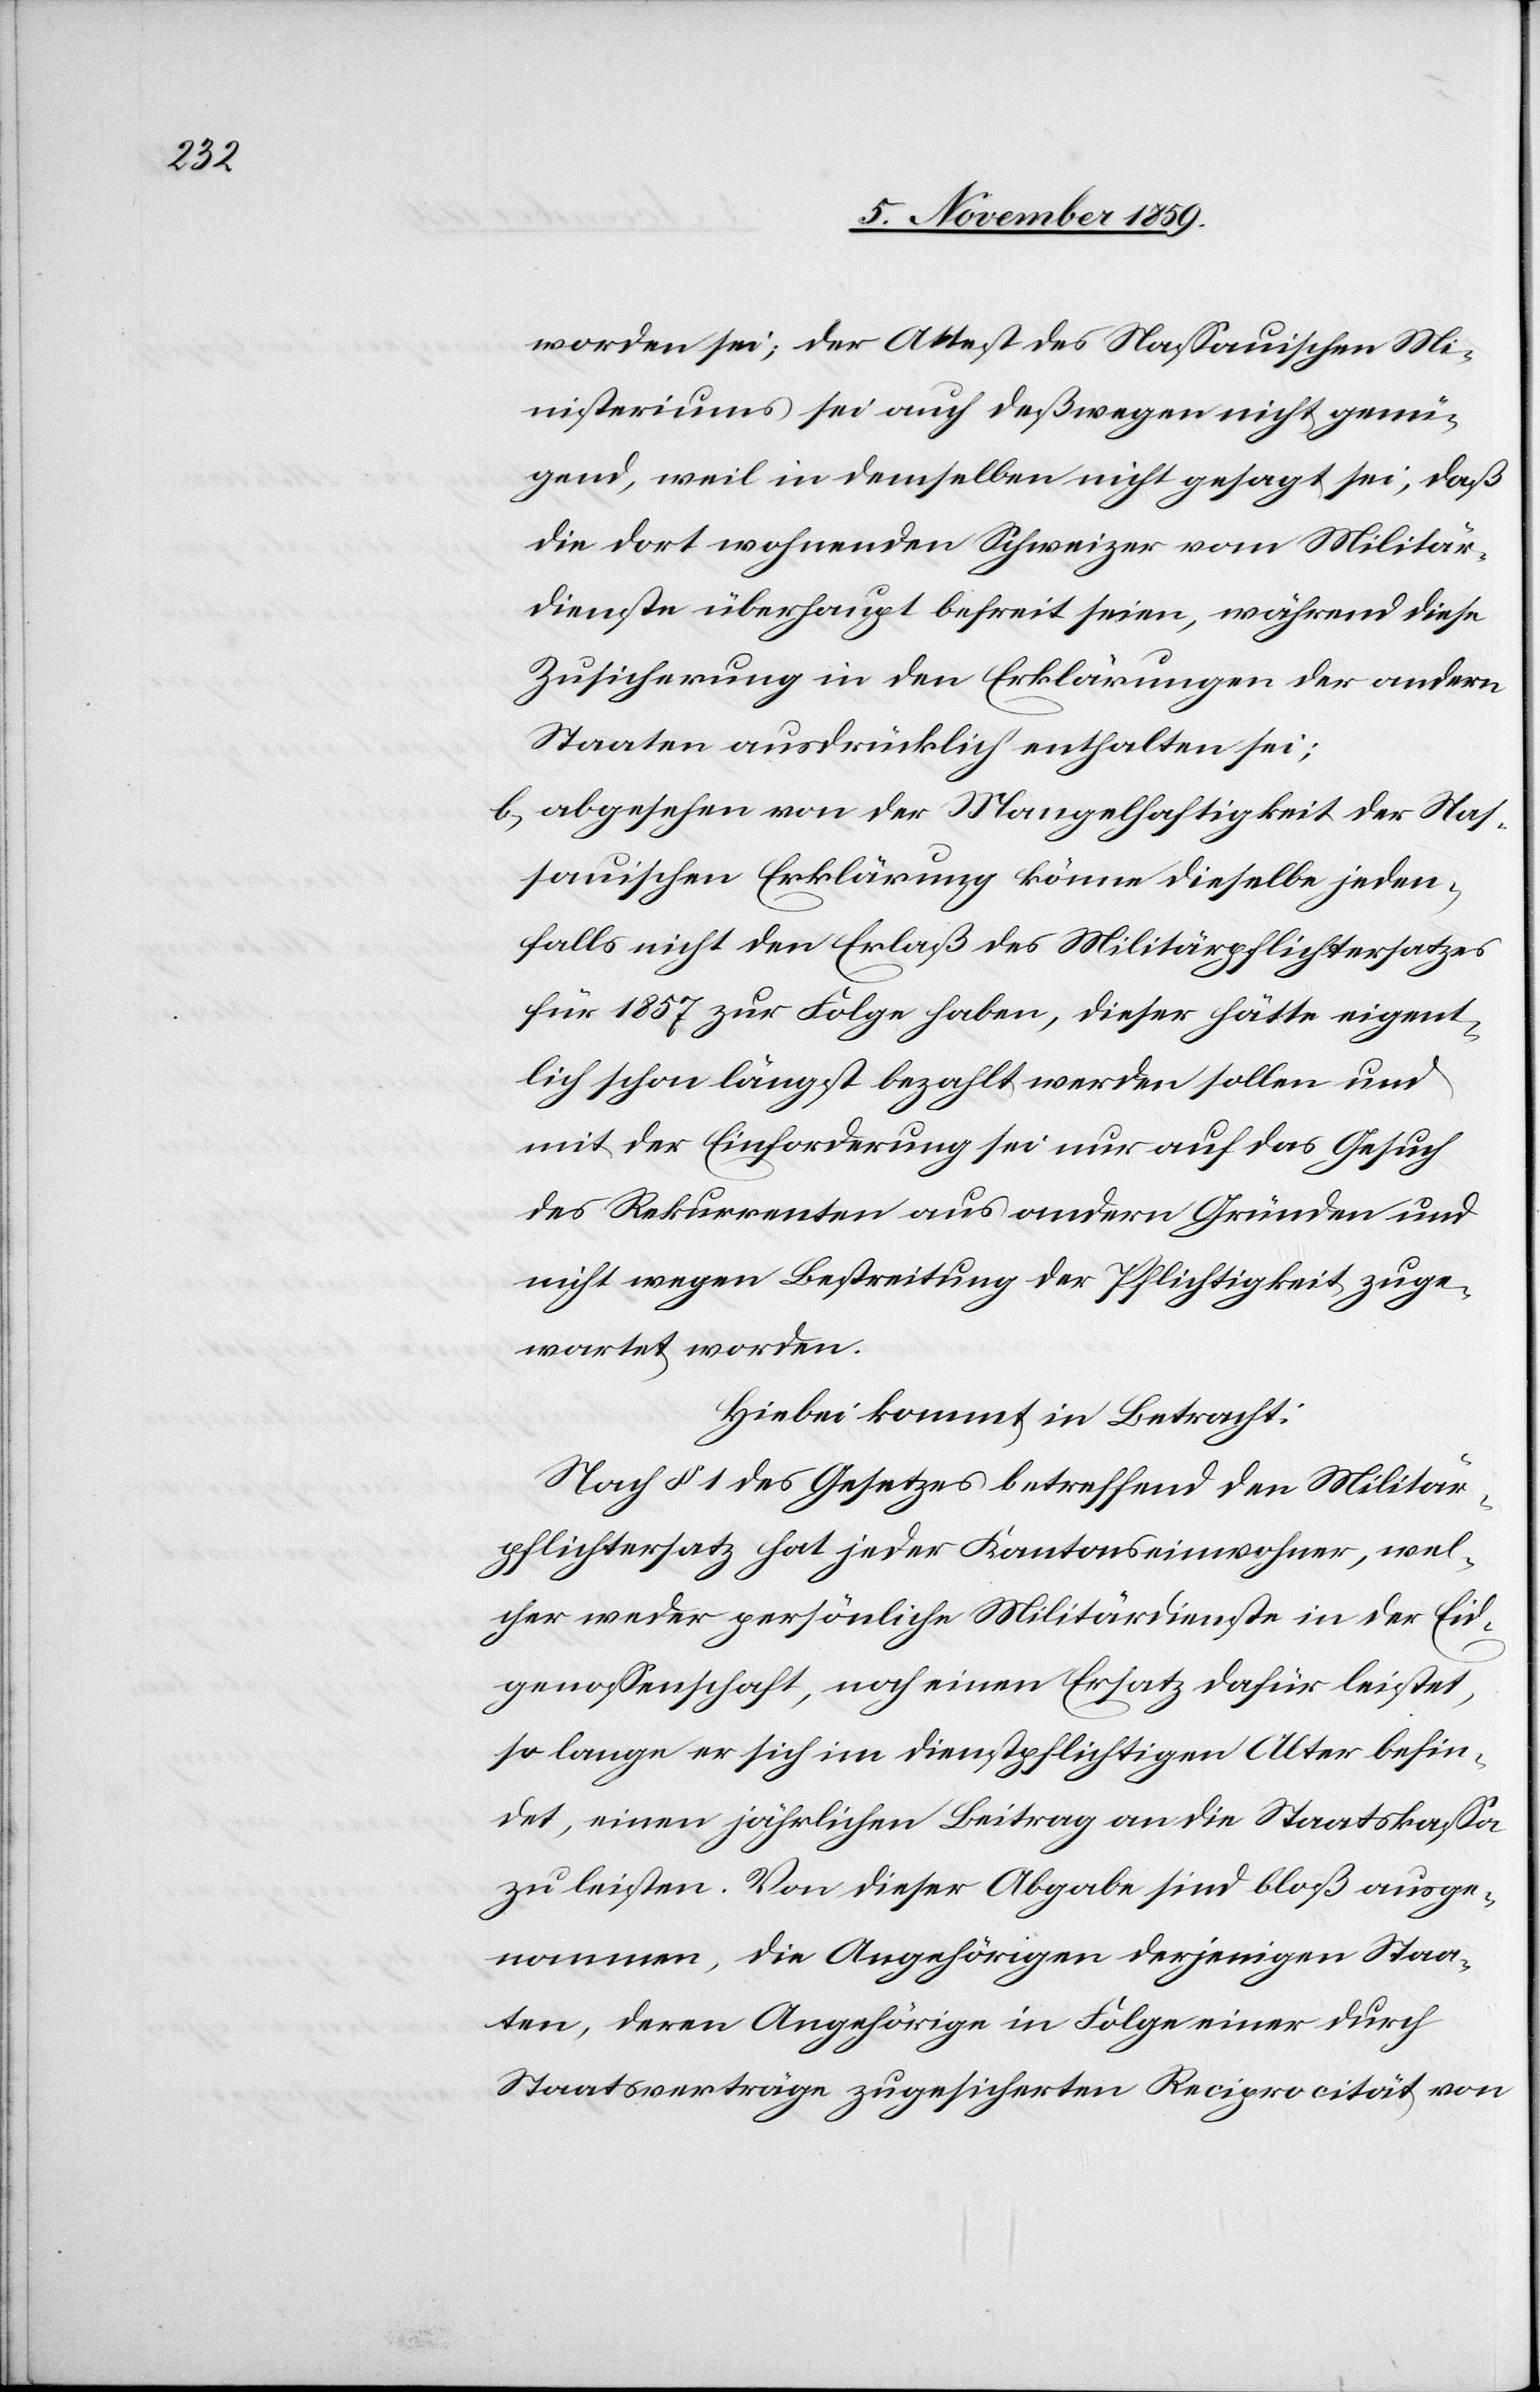
worden sei; der Attest des Nassauischen Mi¬
nisteriums sei auch deßwegen nicht genü¬
gend, weil in demselben nicht gesagt sei, daß
die dort wohnenden Schweizer vom Militär¬
dienste überhaupt befreit seien, während diese
Zusicherung in den Erklärungen der andern
Staaten ausdrücklich enthalten sei;
b.) abgesehen von der Mangelhaftigkeit der Nas¬
sauischen Erklärung könne dieselbe jeden¬
falls nicht den Erlaß des Militärpflichtersatzes
für 1857 zur Folge haben, dieser hätte eigent¬
lich schon längst bezahlt werden sollen und
mit der Einforderung sei nur auf das Gesuch
des Rekurrenten aus andern Gründen und
nicht wegen Bestreitung der Pflichtigkeit zuge¬
wartet worden.
Hiebei kommt in Betracht:
Nach § 1 des Gesetzes betreffend den Militär¬
pflichtersatz hat jeder Kantonseinwohner, wel¬
cher weder persönliche Militärdienste in der Eid¬
genossenschaft, noch einen Ersatz dafür leistet,
so lange er sich im dienstpflichtigen Alter befin¬
det, einen jährlichen Beitrag an die Staatskassa
zu leisten. Von dieser Abgabe sind bloß ausge¬
nommen, die Angehörigen derjenigen Staa¬
ten, deren Angehörige in Folge einer durch
Staatsverträge zugesicherten Reciprocität von